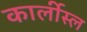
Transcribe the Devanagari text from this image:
कार्लीस्ल